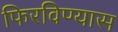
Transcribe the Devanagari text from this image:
फिरविण्यास